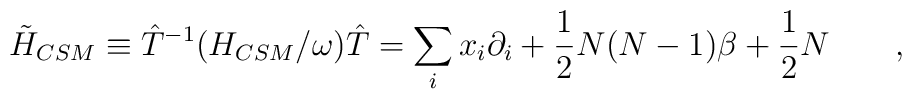
\tilde{H}_{CSM} \equiv {\hat T^{-1}} (H_{CSM}/\omega) \hat T = \sum_ix_i \partial_i + \frac{1}{2} N (N-1) \beta +\frac{1}{2} N \qquad,